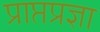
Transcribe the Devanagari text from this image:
प्राप्तप्रज्ञा